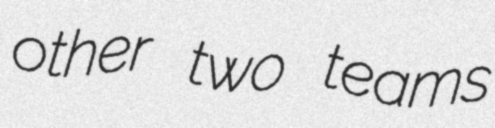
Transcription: other two teams